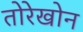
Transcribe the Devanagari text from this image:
तोरेखोन